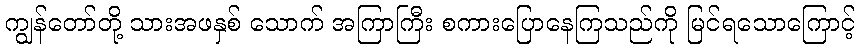
ကျွန်တော်တို့ သားအဖနှစ် သောက် အကြာကြီး စကားပြောနေကြသည်ကို မြင်ရသောကြောင့်